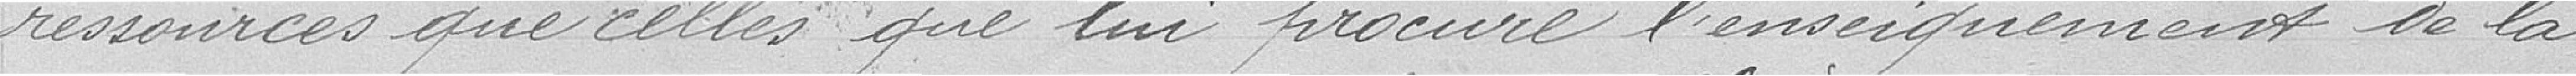
ressources que celles qui lui procure l'enseignement de la